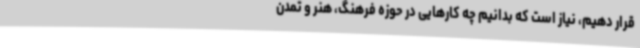
قرار دهیم، نیاز است که بدانیم چه کارهایی در حوزه فرهنگ، هنر و تمدن